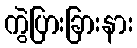
ကွဲပြားခြားနား